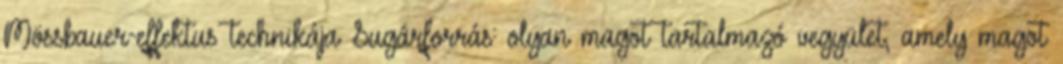
Mössbauer-effektus technikája Sugárforrás: olyan magot tartalmazó vegyület, amely magot